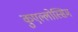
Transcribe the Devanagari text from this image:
कुएल्लोस्सिम